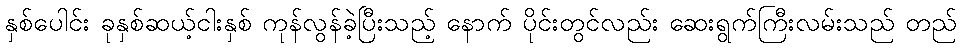
နှစ်ပေါင်း ခုနှစ်ဆယ့်ငါးနှစ် ကုန်လွန်ခဲ့ပြီးသည့် နောက် ပိုင်းတွင်လည်း ဆေးရွက်ကြီးလမ်းသည် တည်